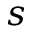
s